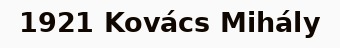
1921 Kovács Mihály